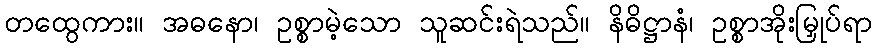
တထွေကား။ အဓနော၊ ဥစ္စာမဲ့သော သူဆင်းရဲသည်။ နိဓိဋ္ဌာနံ၊ ဥစ္စာအိုးမြှုပ်ရာ